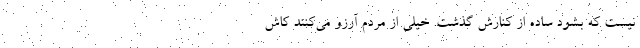
نیست که بشود ساده از کنارش گذشت. خیلی‌ از مردم آرزو‌ می‌کنند کاش